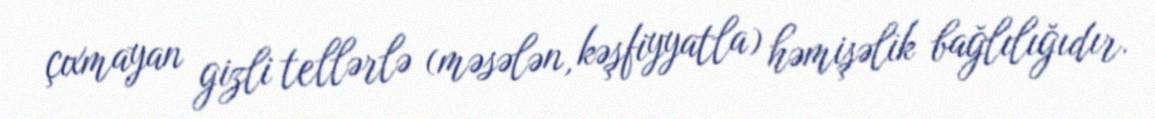
çıxmayan gizli tellərlə (məsələn, kəşfiyyatla) həmişəlik bağlılığıdır.